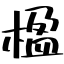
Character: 楹